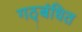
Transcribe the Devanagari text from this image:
गठ्बंधित